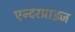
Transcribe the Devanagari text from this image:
एन्टरप्राइज